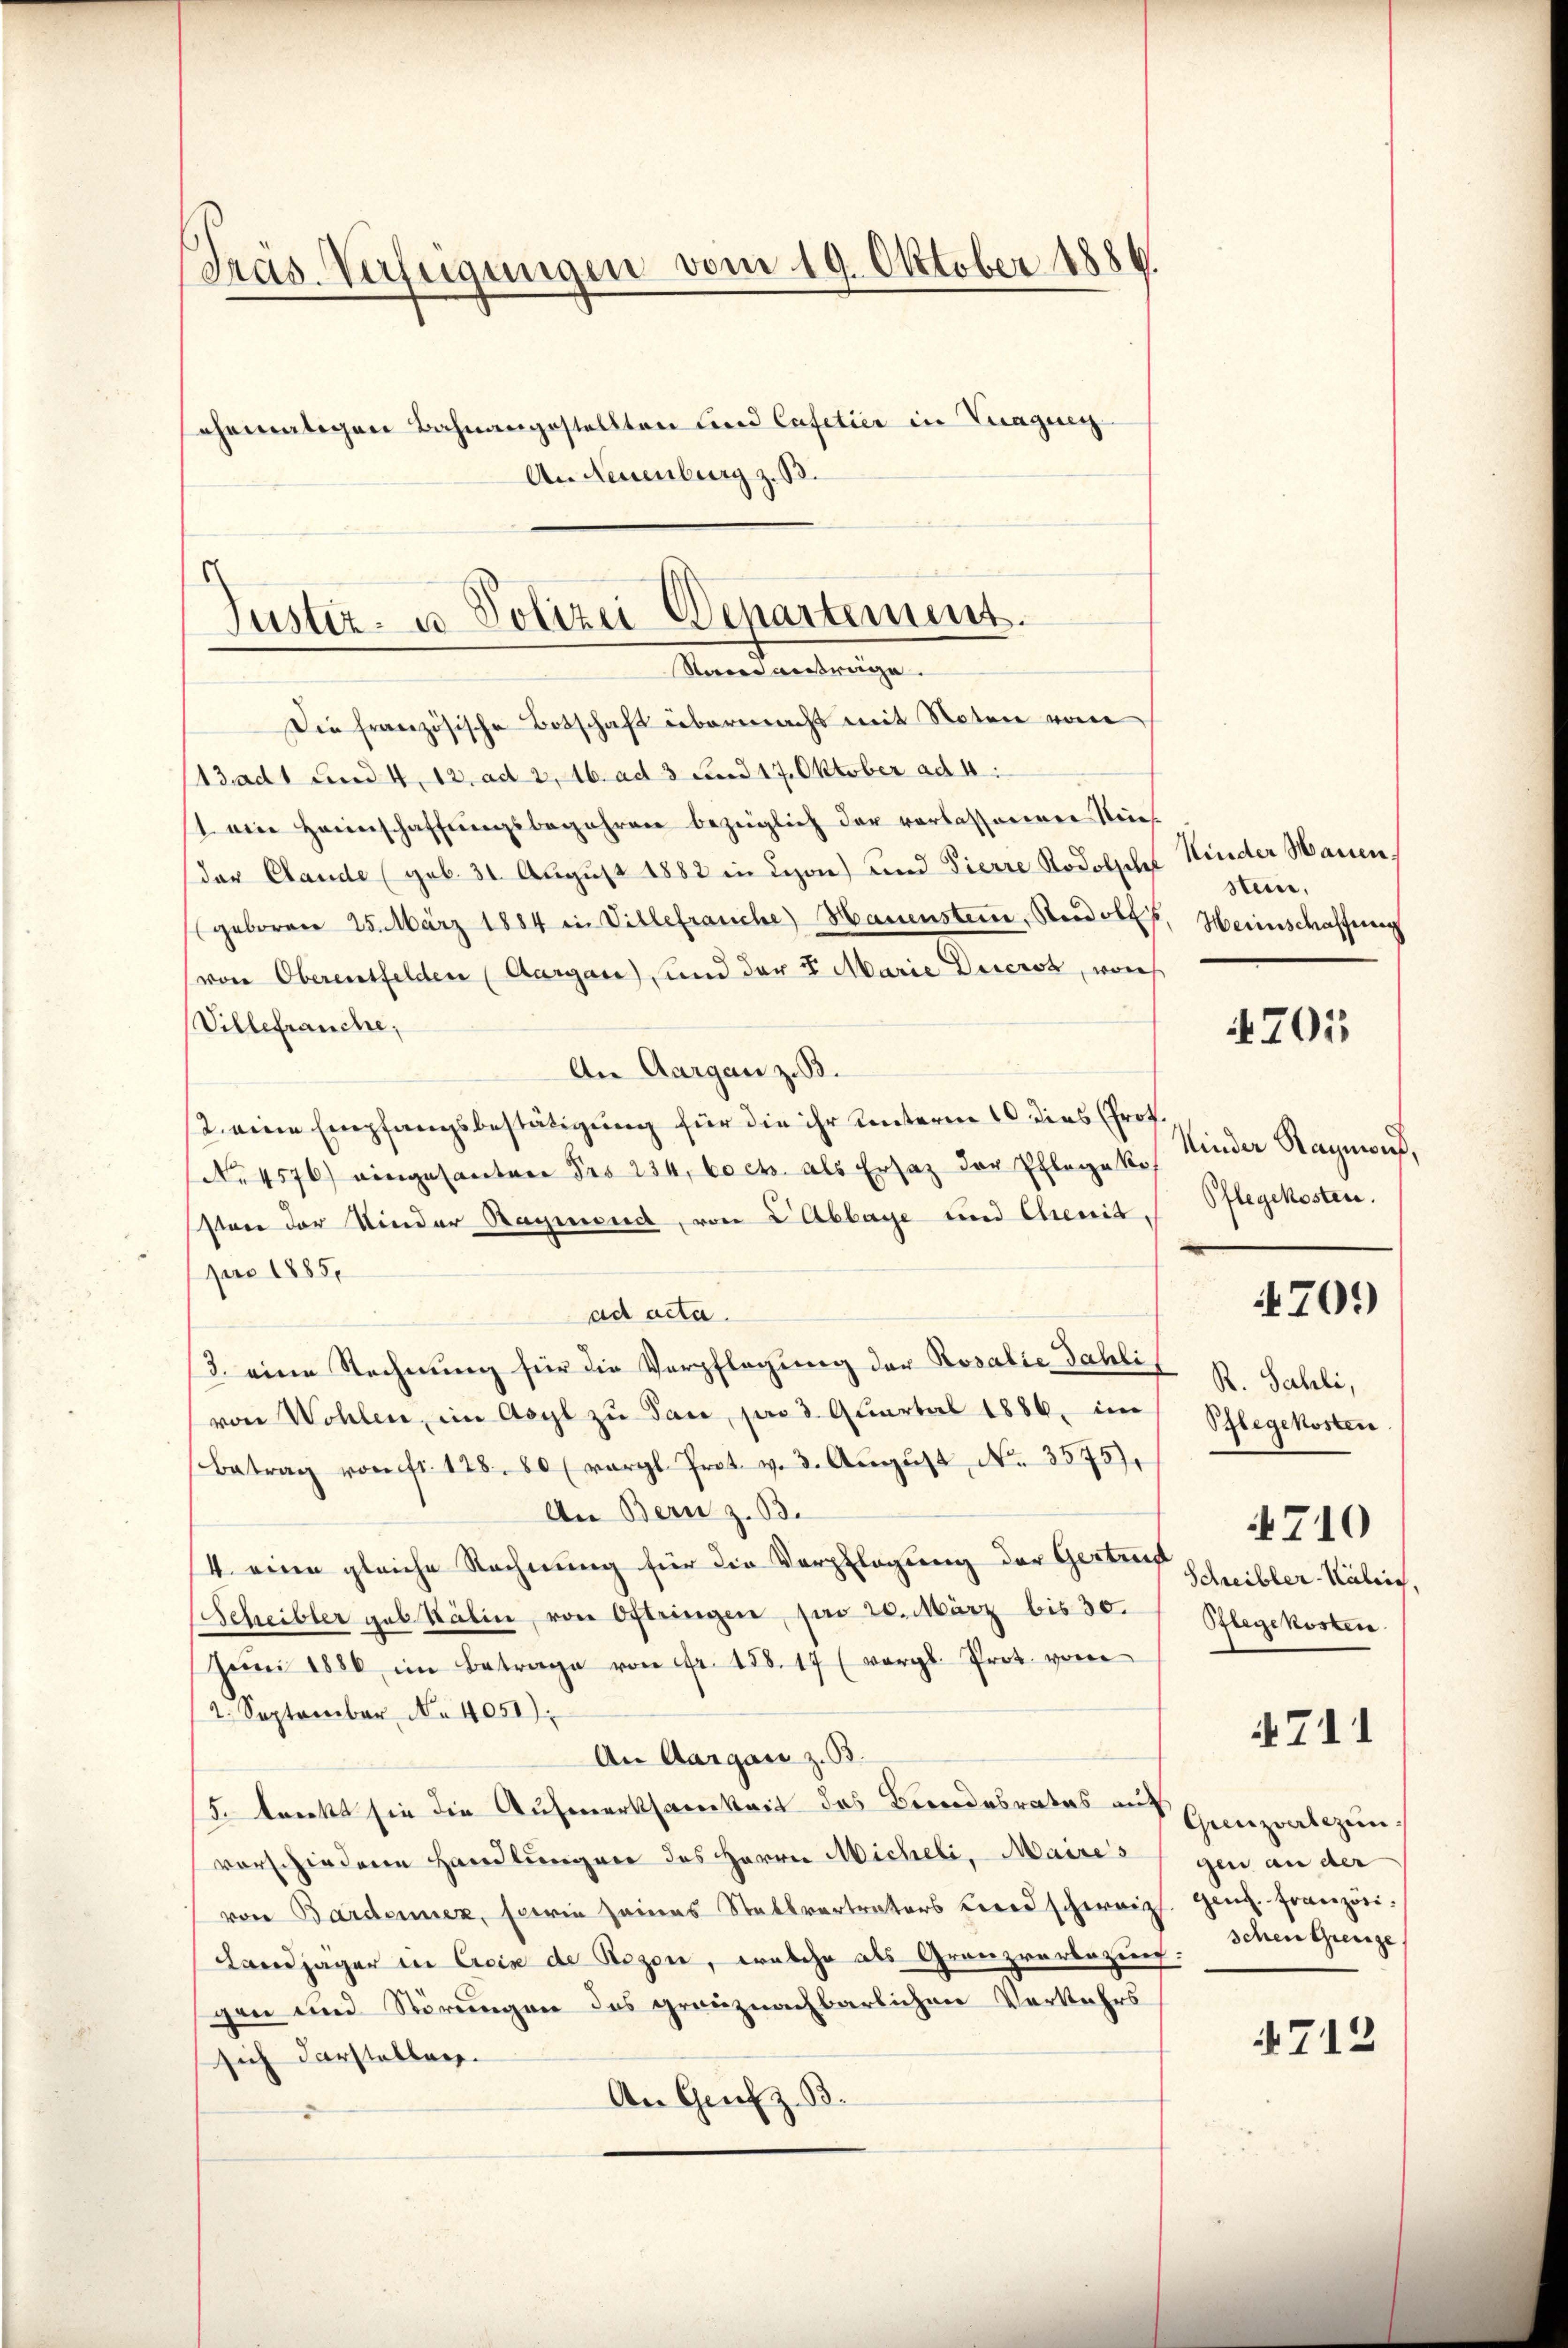
Präs. Verfügungen vom 19. Oktober 1886.
ehemaligen Bahnangestellten und Cafetier in Tragung
An Neuenburg z. B.

Die französische Botschaft übermacht mit Noten vom
3adt und 4. 12. ad 2, 16. ad 3 und 17. Oktober ad 4:
t. ein Heimschaffungsbegehren bezüglich der vorlassenen Nies
der Claude (geb. 31. August 1882 in Lyon) und Pierre Stodolscht Kinder Manen,
geboren 25. März 1884 in Villefrauche Hauenstein, Rudolf, Heinschaffung
(von Oberentfelden (Aargare) und der 5 Marie Ducros, won
Villefrauche,
An Aargau z. B.
12. eine Empfangsbestätigung für die ihr unterm 10. dies (Prof.
No 4576) eingesanten Fro 234, Coch. als Ersatz der Pflege ko
sten der Kinder Raymond, von 2 Abbaye und Chenik,
pro 1885.
ad acta.
3. eine Rechnung für die Verpflegung der Rosalie Fahli R. Sahli,
von Wohlen, im Asyl zu Tan, par 3 Quartal 1886, im
Betrag von fr. 128. 80 (vergl. Prot. v. 3. Aŭgŭst No. 3575).
An Bern z. B.
/4. eine gleiche Rechnung für die Verpflegung der Gestand 10
Schreibler geb Kälin, von Oftringen, par 20. März bis 30. " Pflegekosten
Jŭni 1886 im Betrage von Fr. 158. 17 (vergl. Prot. vom
2. September No 4051).
An Aargau z. B.
5. lenkt sie die Aufmerksamkeit des Brandesrates an Hunzialezin
vorschiedene Handlungen des Herrn Micheli, Maires (gen an der
von Bardonnen, sowie seines Stattvertreters Beerdschweiz. Genf. Französi¬
Landjäger in Crein de Rezen, welche als Granzverbozung. Schen Grenze
gen und Störungen des grenznachbarlichen Verkehrs
sich darsteller.
An Genf z. B.

Justiz- u. Polizei Departement.
Rau antrage. |

stein,

701

Kinder Raymond,
Pflegekosten.
Pflegekosten
Schreibler-Kälrich,

4709

4711

712